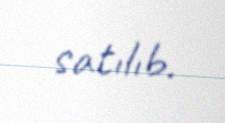
satılıb.